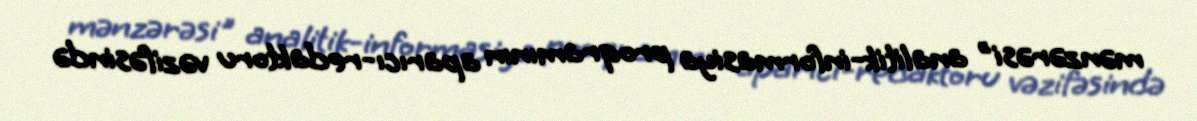
mənzərəsi" analitik-informasiya proqramının aparıcı-redaktoru vəzifəsində